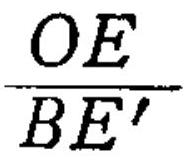
\(\frac{OE}{BE'}\)